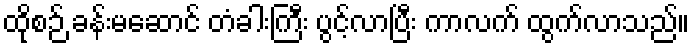
ထိုစဉ် ခန်းမဆောင် တံခါးကြီး ပွင့်လာပြီး ကာလက် ထွက်လာသည်။